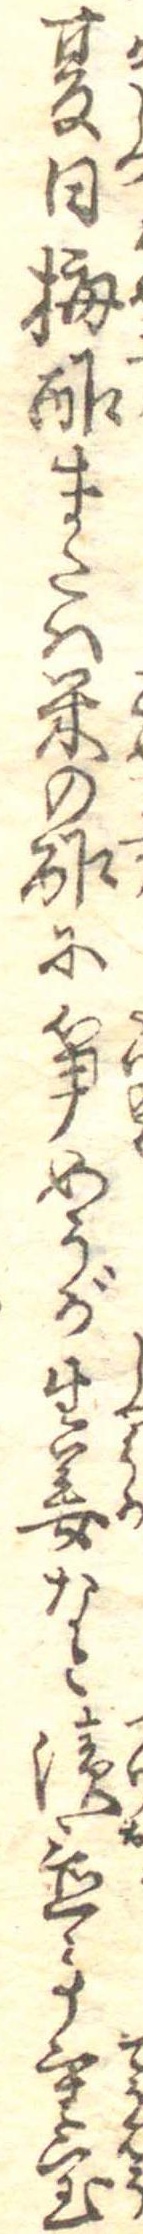
夏日梅酢または米の酢に筍めうが生姜なと漬置事重宝